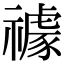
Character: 𥜅